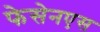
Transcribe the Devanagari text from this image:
फेसेनएस